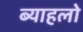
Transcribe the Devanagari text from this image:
ब्याहलो